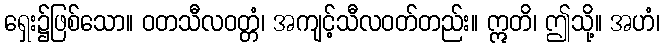
ရှေး၌ဖြစ်သော။ ဝတသီလဝတ္တံ၊ အကျင့်သီလဝတ်တည်း။ ဣတိ၊ ဤသို့။ အဟံ၊